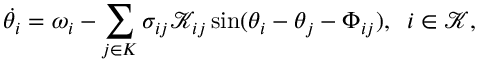
\dot { \theta _ { i } } = \omega _ { i } - \sum _ { j \in { \cal K } } \sigma _ { i j } { \mathcal { K } _ { i j } } \sin ( \theta _ { i } - \theta _ { j } - \Phi _ { i j } ) , \; \; i \in \mathcal { K } ,